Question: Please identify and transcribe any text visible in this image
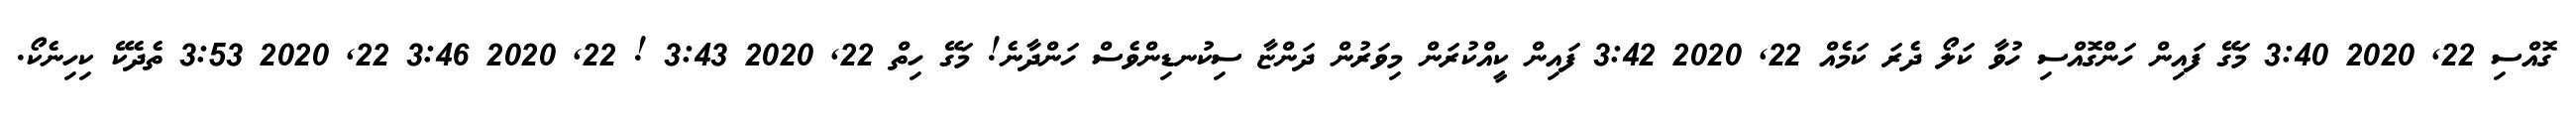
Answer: ގޮއްސި 22, 2020 3:40 މަގޭ ފައިން ހަންގޮއްސި ހުވާ ކަލޯ ދެރަ ކަމެއް 22, 2020 3:42 ފައިން ކީއްކުރަން މިވަރުން ދަންޏާ ސިކުނޑިންވެސް ހަންދާނެ! މަގޭ ހިތް 22, 2020 3:43 ! 22, 2020 3:46 22, 2020 3:53 ތެދެކޭ ކިހިނެކޯ.